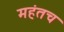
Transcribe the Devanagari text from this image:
महंतच